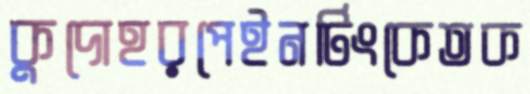
কুদোহরপেইনটিংকেতক